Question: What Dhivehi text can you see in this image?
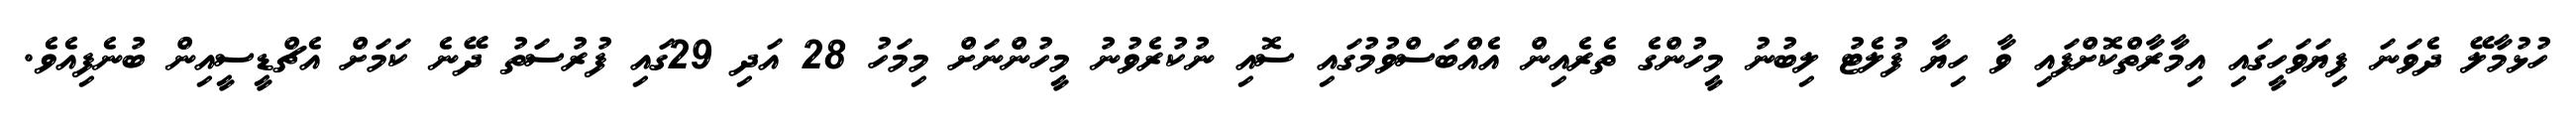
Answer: ހުޅުމާލޭ ދެވަނަ ފިޔަވަހީގައި އިމާރާތްކޮށްފައި ވާ ހިޔާ ފުލެޓު ލިބުނު މީހުންގެ ތެރެއިން އެއްބަސްވުމުގައި ސޮއި ނުކުރެވުނު މީހުންނަށް މިމަހު 28 އަދި 29ގައި ފުރުސަތު ދޭނެ ކަމަށް އެޗްޑީސީއިން ބުނެފިއެވެ.